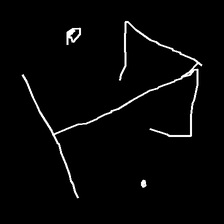
Glyph: earth